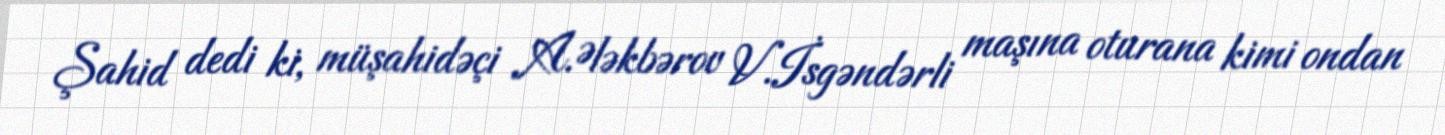
Şahid dedi ki, müşahidəçi A.Ələkbərov V.İsgəndərli maşına oturana kimi ondan